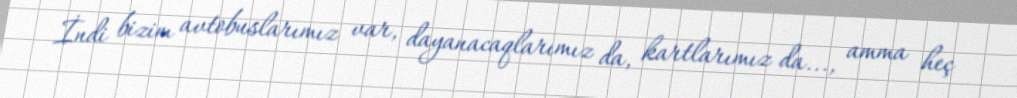
İndi bizim avtobuslarımız var, dayanacaqlarımız da, kartlarımız da..., amma heç